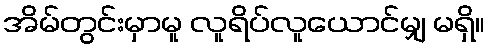
အိမ်တွင်းမှာမူ လူရိပ်လူယောင်မျှ မရှိ။